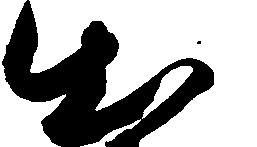
出